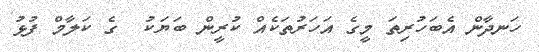
ހަނދާން އެބަހުރިތަ މީގެ އަހަރުތަކެއް ކުރީން ބަޔަކު  ގެ ކަލާމް ފުޅު